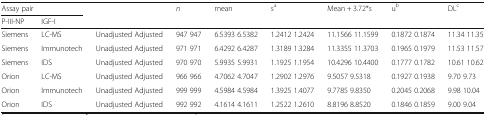
<table><thead><tr><td colspan="2"><b>Assay pair</b></td><td></td><td><b><i>n</i></b></td><td><b>mean</b></td><td><b>s<sup>a</sup></b></td><td><b>Mean + 3.72*s</b></td><td><b>u<sup>b</sup></b></td><td><b>DL<sup>c</sup></b></td></tr><tr><td><b>P-III-NP</b></td><td><b>IGF-I</b></td><td></td><td></td><td></td><td></td><td></td><td></td><td></td></tr></thead><tbody><tr><td>Siemens</td><td>LC-MS</td><td>Unadjusted Adjusted</td><td>947 947</td><td>6.5393 6.5382</td><td>1.2412 1.2424</td><td>11.1566 11.1599</td><td>0.1872 0.1874</td><td>11.34 11.35</td></tr><tr><td>Siemens</td><td>Immunotech</td><td>Unadjusted Adjusted</td><td>971 971</td><td>6.4292 6.4287</td><td>1.3189 1.3284</td><td>11.3355 11.3703</td><td>0.1965 0.1979</td><td>11.53 11.57</td></tr><tr><td>Siemens</td><td>IDS</td><td>Unadjusted Adjusted</td><td>970 970</td><td>5.9935 5.9931</td><td>1.1925 1.1954</td><td>10.4296 10.4400</td><td>0.1777 0.1782</td><td>10.61 10.62</td></tr><tr><td>Orion</td><td>LC-MS</td><td>Unadjusted Adjusted</td><td>966 966</td><td>4.7062 4.7047</td><td>1.2902 1.2976</td><td>9.5057 9.5318</td><td>0.1927 0.1938</td><td>9.70 9.73</td></tr><tr><td>Orion</td><td>Immunotech</td><td>Unadjusted Adjusted</td><td>999 999</td><td>4.5984 4.5984</td><td>1.3925 1.4077</td><td>9.7785 9.8350</td><td>0.2045 0.2068</td><td>9.98 10.04</td></tr><tr><td>Orion</td><td>IDS</td><td>Unadjusted Adjusted</td><td>992 992</td><td>4.1614 4.1611</td><td>1.2522 1.2610</td><td>8.8196 8.8520</td><td>0.1846 0.1859</td><td>9.00 9.04</td></tr></tbody></table>